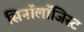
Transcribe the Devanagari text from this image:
सिनॉलॉजिस्ट